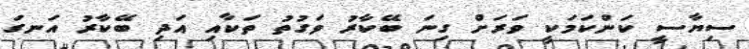
ސިޔާސީ ކަންކަމަކީ ވަރަށް ގިނަ ބޭކާރު ވަގުތު ތަކާއި އަދި ބޭކާރު އަނގަ